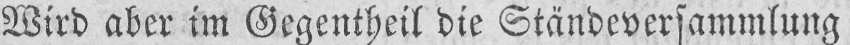
Wird aber im Gegenteil die Ständeversammlung